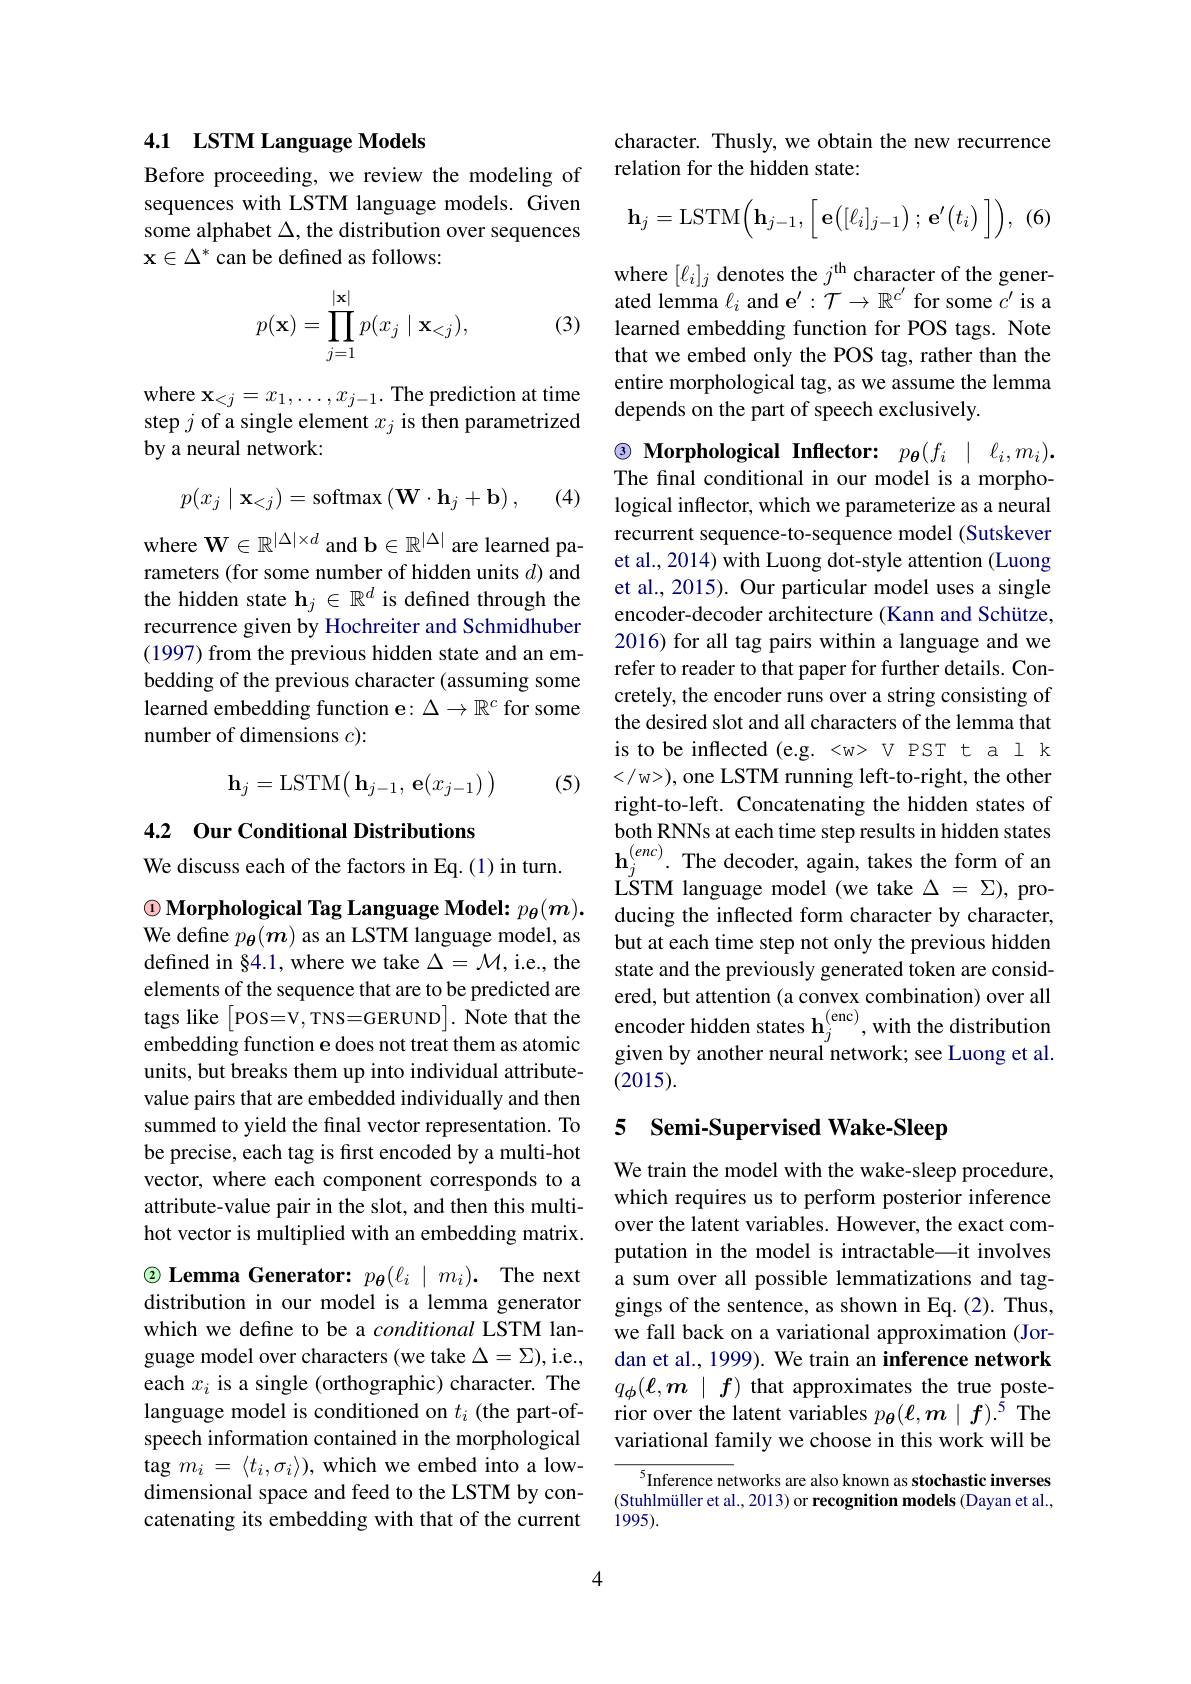
## 4.1 LSTM Language Models

Before proceeding, we review the modeling of sequences with LSTM language models. Given some alphabet $\Delta$, the distribution over sequences $\mathbf{x}\in\Delta^*$ can be defined as follows:
$$p(\mathbf{x})=\prod\limits_{j=1}^{|\mathbf{x}|}p(x_j\mid\mathbf{x}_{<j}),$$
(3)

where $\mathbf{x}_<j=x_1,\ldots,x_{j-1}.$ The prediction at time step $j$ of a single element $x_j$ is then parametrized by a neural network:

(4)
$$p(x_j\mid\mathbf{x}_{<j})=\mathrm{softmax}\left(\mathbf{W}\cdot\mathbf{h}_j+\mathbf{b}\right),$$
where W$\in R^| \Delta | \times d$ and b$\in \mathbb{R} ^{| \Delta | }$ are learned pa- recurrent sequence- to- sequence model( Sutskever rameters ( for some number of hidden units $d)$ andet al, 2014) with Luong dot- style attention ( Luong
rameters (for some number of hidden units $d$) and the hidden state $\mathbf{h}_j\in\mathbb{R}^d$ is defined through the recurrence given by Hochreiter and Schmidhuber (1997) from the previous hidden state and an embedding of the previous character (assuming some learned embedding function e: $\Delta\to\mathbb{R}^c$ for some number of dimensions $c):$
$$\mathbf h_j=\mathrm L\mathrm S\mathrm T\mathrm M\bigl(\mathbf h_{j-1},\mathbf e(x_{j-1})\bigr)$$
(5)

## 4.2 Our Conditional Distributions

We discuss each of the factors in Eq.(1) in turn.
$\textcircled {1}\textbf{Morphological Tag Language Model: }p_{\boldsymbol{\theta }}( m) .$ We define $p_{\boldsymbol{\theta}}(\boldsymbol{m})$ as an LSTM language model, as defined in §4.1, where we take $\Delta=\mathcal{M}$,i.e., the elements of the sequence that are to be predicted are tags like $\begin{bmatrix}\mathrm{POS=V,TNS=GERUND}\end{bmatrix}.$ Note that the embedding function e does not treat them as atomic units, but breaks them up into individual attributevalue pairs that are embedded individually and then summed to yield the final vector representation. To be precise, each tag is first encoded by a multi-hot vector, where each component corresponds to a attribute-value pair in the slot, and then this multihot vector is multiplied with an embedding matrix. $\textcircled {2}\textbf{ Lemma Generator: }p_{\boldsymbol{\theta }}( \ell _{i}\mid m_{i}) .$ The next distribution in our model is a lemma generator which we define to be a conditional LSTM language model over characters (we take $\Delta=\Sigma)$,i.e., each $x_i$ is a single (orthographic) character. The language model is conditioned on $t_i$ (the part-ofspeech information contained in the morphological tag $m_i=\langle t_i,\sigma_i\rangle)$, which we embed into a lowdimensional space and feed to the LSTM by concatenating its embedding with that of the current

4

character. Thusly, we obtain the new recurrence
relation for the hidden state:

(6,
$$\mathbf{h}_j=\mathrm{LSTM}\Big(\mathbf{h}_{j-1},\Big[\:\mathbf{e}\big([\ell_i]_{j-1}\big)\:;\:\mathbf{e}'\big(t_i\big)\:\Big]\Big),$$
where $[\ell_i]_j$ denotes the $j^\mathrm{th}$ character of the generated lemma $\ell_i$ and $\mathrm{e} ^\prime : \mathcal{T} \to \mathbb{R} ^{c^{\prime }}$ for some $\bar{c^{\prime}}$ is a learned embedding function for POS tags. Note that we embed only the POS tag, rather than the entire morphological tag, as we assume the lemma depends on the part of speech exclusively.

$\textcircled{3}$ Morphological Inflector: $p_{\boldsymbol{\theta}}(f_{i}\mid\ell_{i},m_{i}).$ The final conditional in our model is a morpho-

logical inflector, which we parameterize as a neural et al., 2015). Our particular model uses a single encoder-decoder architecture (Kann and Schütze, 2016) for all tag pairs within a language and we refer to reader to that paper for further details. Concretely, the encoder runs over a string consisting of the desired slot and all characters of the lemma that is to be inflected (e.g. <w> V PST t a l k </ w>), one LSTM running left-to-right, the other right-to-left. Concatenating the hidden states of both RNNs at each time step results in hidden states $\mathbf{h}_{j}^{(enc)}.$The decoder, again, takes the form of an LSTM language model (we take $\Delta=\Sigma)$, producing the inflected form character by character, but at each time step not only the previous hidden state and the previously generated token are considered, but attention (a convex combination) over all encoder hidden states $\mathbf{h}_j^{(\mathrm{enc})}$,with the distribution given by another neural network; see Luong et al. (2015).

# 5 Semi-Supervised Wake-Sleep

We train the model with the wake-sleep procedure, which requires us to perform posterior inference over the latent variables. However, the exact computation in the model is intractable—it involves a sum over all possible lemmatizations and taggings of the sentence, as shown in Eq. (2). Thus, we fall back on a variational approximation (Jordan et al., 1999). We train an inference network $q_{\phi}(\ell,\boldsymbol{m}\mid f)$ that approximates the true posterior over the latent variables $p_{\boldsymbol{\theta}}(\ell,\boldsymbol{m}\mid f).^5$ The variational family we choose in this work will be

$^{5}$Inference networks are also known as stochastic inverses (Stuhlmüller et al., 2013) or recognition models (Dayan et al., 1995).